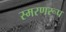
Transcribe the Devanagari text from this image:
स्मरणरूप